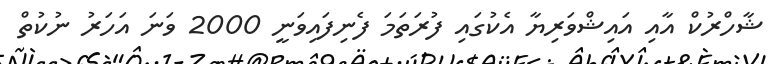
ޝާހްރުކް އާއި އައިޝްވަރިޔާ އެކުގައި ފުރަތަމަ ފެނިފައިވަނީ 2000 ވަނަ އަހަރު ނުކުތް